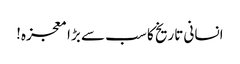
انسانی تاریخ کا سب سے بڑا معجزہ!